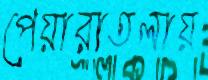
পেয়ারাতলায়